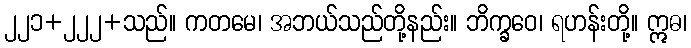
၂၂၁+၂၂၂+သည်။ ကတမေ၊ အဘယ်သည်တို့နည်း။ ဘိက္ခဝေ၊ ရဟန်းတို့။ ဣဓ၊